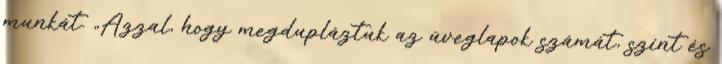
munkát. „Azzal, hogy megdupláztuk az üveglapok számát, színt és